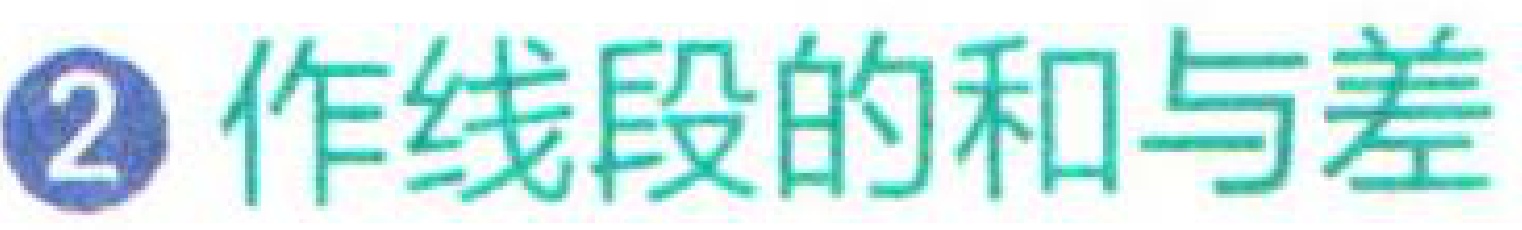
\textcircled{2} 作线段的和与差